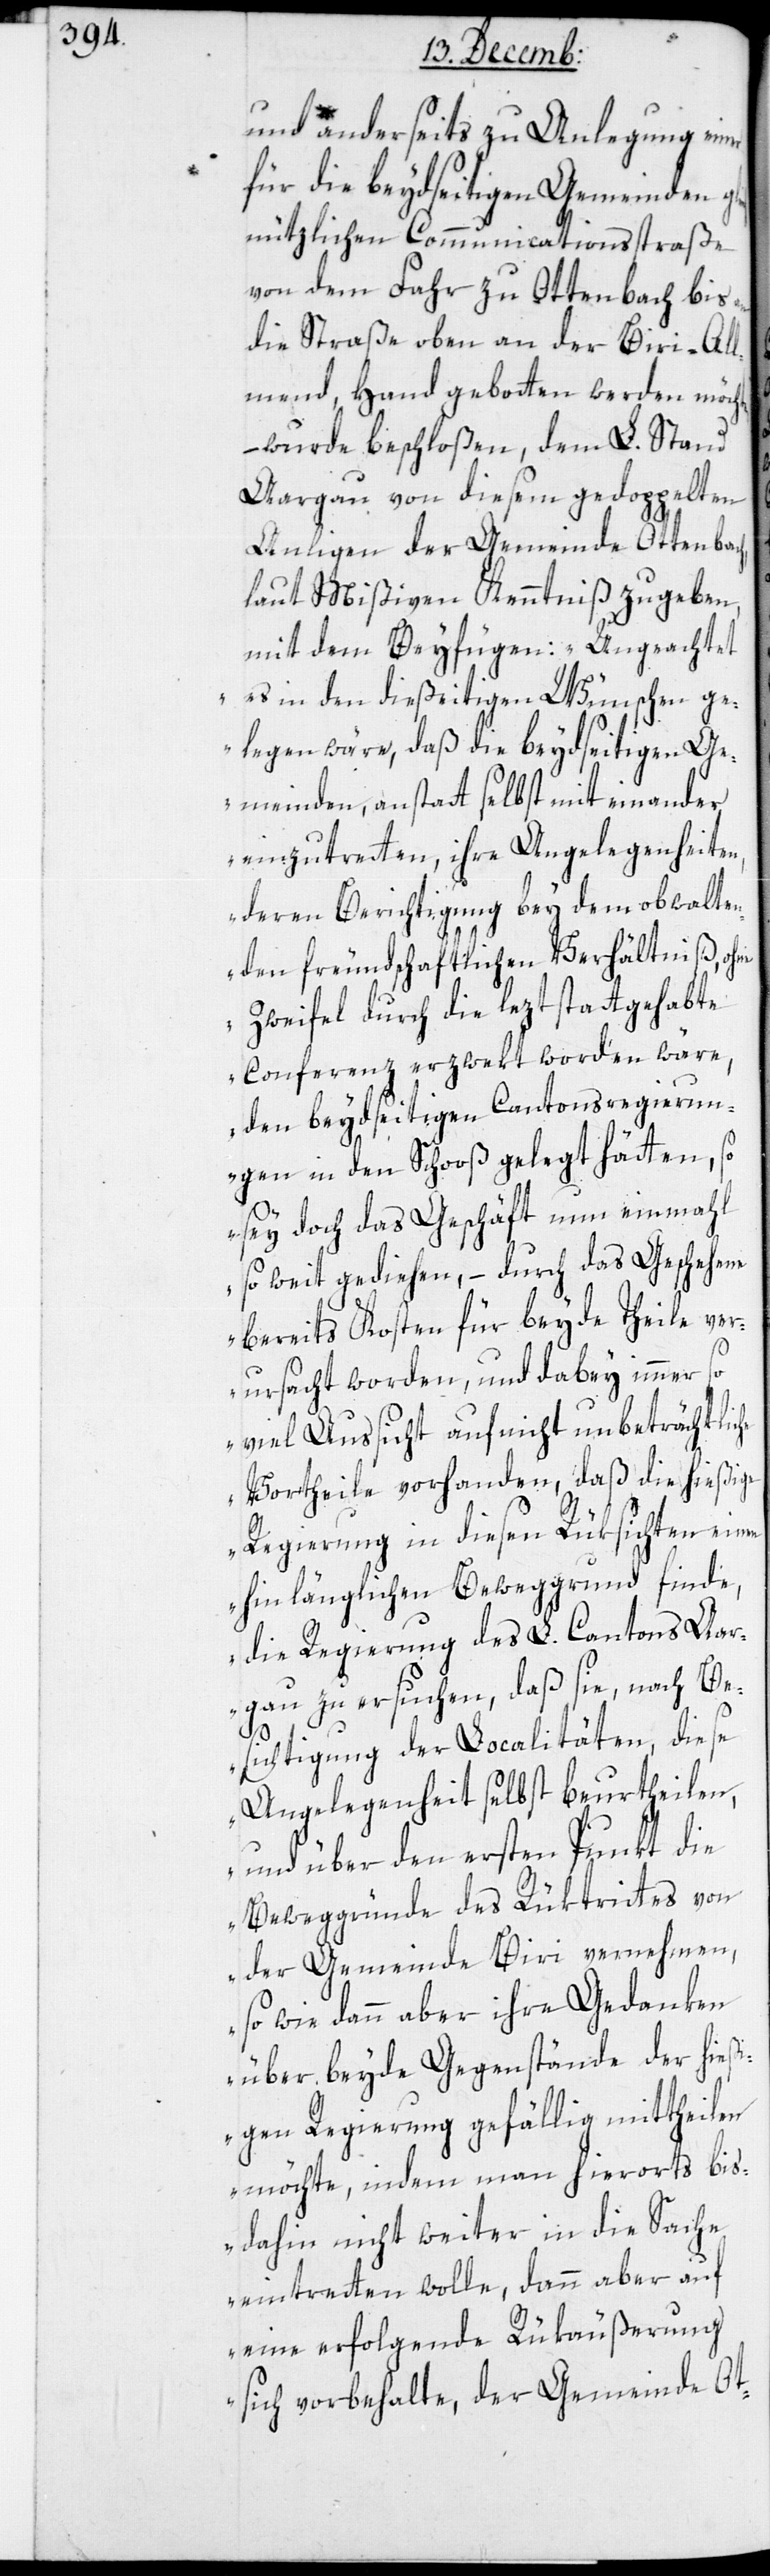
und anderseits zu Anlegung einer
für die beydseitigen Gemeinden
nützlichen Communicationßtraße
von dem Fahr zu Ottenbach bis
die Straße oben an der Biri-All¬
mend, Hand geboten werden möch¬
– wurde beschloßen, dem L. Stand
Aargau von diesem gedoppelten
Anliegen der Gemeinde Ottenbach,
laut Mißiven Kenntniß zu geben,
mit dem Beyfügen: „Ungeachtet
es in den dießeitigen Wünschen ge¬
legen wäre, daß die beydseitigen Ge¬
meinden, anstatt selbst mit einander
einzutretten, ihre Angelegenheiten,
deren Berichtigung bey dem obwalte¬
nden freundschaftlichen Verhältniß, ohne
Zweifel durch die lezt stattgehabte
Conferenz erzwekt worden wäre,
den beydseitigen Cantonsregierun¬
gen in den Schooß gelegt hätten, so
sey doch das Geschäft nun einmahl
so weit gediehen, – durch das Geschehene
bereits Kosten für beyde Theile ver¬
te,
ursacht worden, und dabey immer so
viel Aussicht auf nicht unbeträchtliche
Vortheile vorhanden, daß die hießige
Regierung in diesen Rüksichten einen
hinlänglichen Beweggrund finde,
die Regierung des L. Cantons Aar¬
gau zu ersuchen, daß sie, nach Be¬
sichtigung der Localitäten, diese
Angelegenheit selbst beurtheilen,
und über den ersten Punkt die
Beweggründe des Rüktrittes von
der Gemeinde Biri vernehmen,
sowie dann aber ihre Gedanken
über beyde Gegenstände der hieß¬
igen Regierung gefällig mittheilen
möchte, indem man hierorts bis
dahin nicht weiter in die Sache
eintreten wolle, dann aber auf
eine erfolgende Rükäußerung
sich vorbehalte, der Gemeinde Ot-